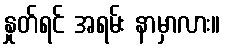
နှုတ်ရင် အရမ်း နာမှာလား။